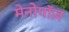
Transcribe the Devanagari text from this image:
मेनोपॉज़